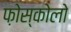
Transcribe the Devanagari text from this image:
फ़ोस्कोलो